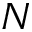
N